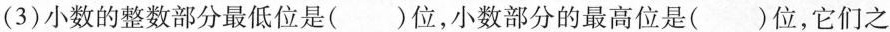
(3)小数的整数部分最低位是()位，小数部分的最高位是()位，它们之